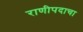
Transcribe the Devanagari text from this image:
राणीपदाचा